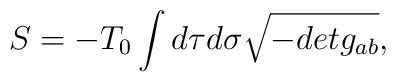
S = -T_{0}\int d\tau d \sigma \sqrt{-det g_{ab}},